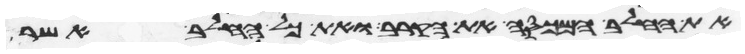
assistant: את החלב המכסה את הקרב ואת כל החלב אשר